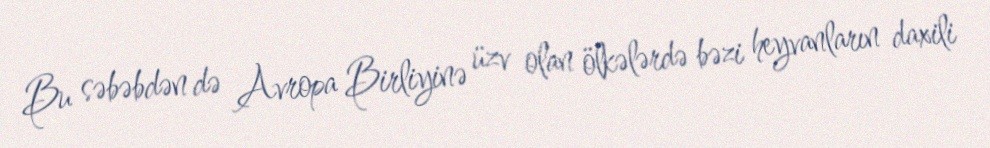
Bu səbəbdən də Avropa Birliyinə üzv olan ölkələrdə bəzi heyvanların daxili